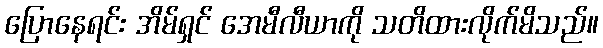
ပြောနေရင်း အိမ်ရှင် အေမီလီယာကို သတိထားလိုက်မိသည်။